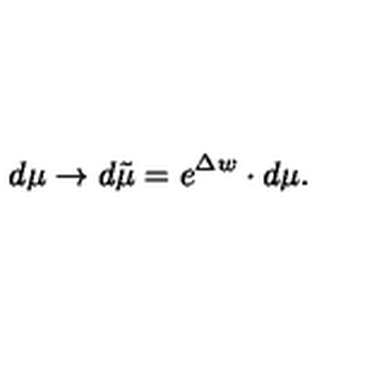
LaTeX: d \mu \rightarrow d \tilde { \mu } = e ^ { \Delta w } \cdot d \mu .